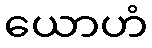
ယောဟံ